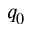
q _ { 0 }